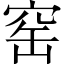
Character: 窑